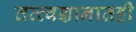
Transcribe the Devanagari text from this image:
तत्त्वज्ञानातही